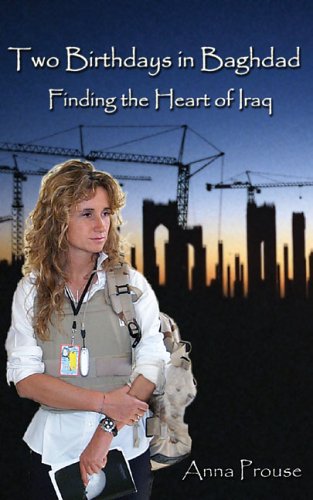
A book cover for Two Birthdays in Baghdad: Finding the Heart of Iraq; Anna Prouse; Travel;